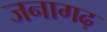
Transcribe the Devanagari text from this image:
जनागढ़